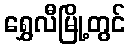
ရွှေလီမြို့တွင်